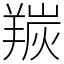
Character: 羰